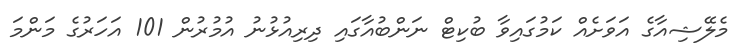
މެލޭޝިއާގެ އަވަށެއް ކަމުގައިވާ ބުކިޓް ނަންބުއާގައި ދިރިއުޅުނު އުމުރުން 101 އަހަރުގެ މަންމަ